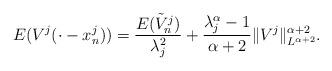
LaTeX: \begin{align*}E(V^j(\cdot-x^j_n)) = \frac{E(\tilde{V}^j_n)}{\lambda_j^2} + \frac{\lambda_j^\alpha-1}{\alpha+2} \|V^j\|^{\alpha+2}_{L^{\alpha+2}}. \end{align*}